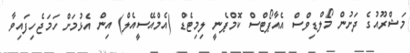
މަޝްރޫއުގެ ދަށުން މޯލްޑިވްސް އެއާޕޯޓްސް ކޮމްޕެނީ ލިމިޓެޑް (އެމްއޭސީއެލް) އިން އެޅުމަށް ހަމަޖެހިފައިވާ